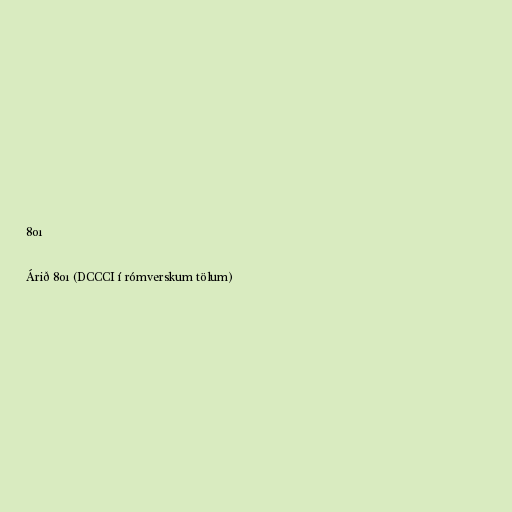
801

Árið 801 (DCCCI í rómverskum tölum)